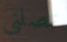
تصلني